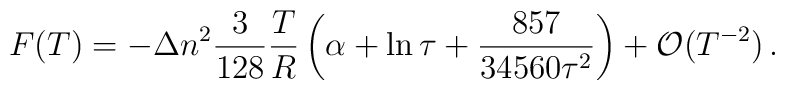
F(T)=-\Delta n^2\frac{3 }{128}\frac{T}{R}\left (\alpha + \ln \tau +\frac{857}{34560\tau ^2}\right )+{\cal O}(T^{-2})\,{.}